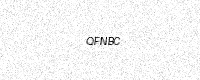
Text: QFNBC